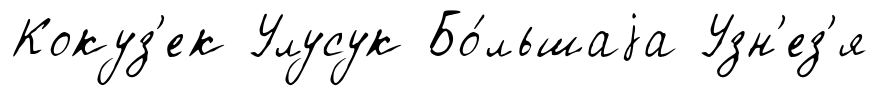
Кокуз'ек Улусук Бо́льшаjа Узн'ез'я